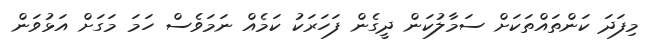
މިފަދަ ކަންތައްތަކަށް ސަމާލުކަން ދީގެން ފަހަރަކު ކަމެއް ނަމަވެސް ހަމަ މަގަށް އަޅުވަން